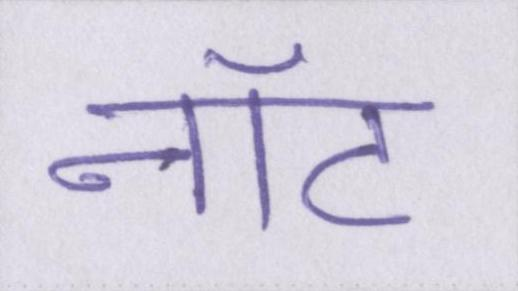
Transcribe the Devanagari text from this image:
नॉट